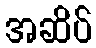
အဆိပ်